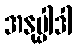
အနုပ္ပါဒါ